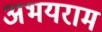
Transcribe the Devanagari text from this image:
अभयराम